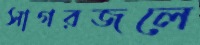
সাগরজলে